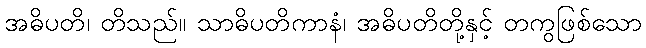
အဓိပတိ၊ တိသည်။ သာဓိပတိကာနံ၊ အဓိပတိတို့နှင့် တကွဖြစ်သော